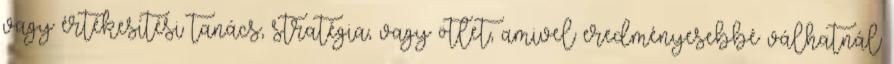
vagy értékesítési tanács, stratégia, vagy ötlet, amivel eredményesebbé válhatnál